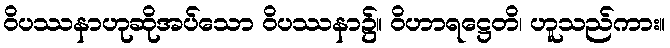
ဝိပဿနာဟုဆိုအပ်သော ဝိပဿနာ၌။ ဝိဟာရဋ္ဌေတိ၊ ဟူသည်ကား။